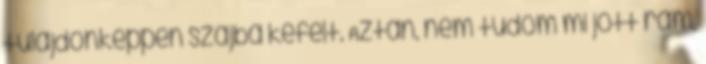
tulajdonképpen szájba kefélt. Aztán, nem tudom mi jött rám,